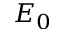
E _ { 0 }